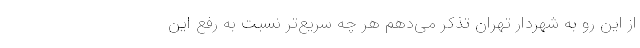
از این رو به شهردار تهران تذکر می‌دهم هر چه سریع‌تر نسبت به رفع این